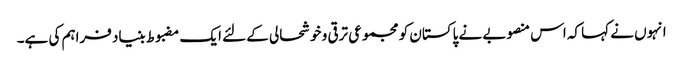
انہوں نے کہا کہ اس منصوبے نے پاکستان کو مجموعی ترقی و خوشحالی کے لئے ایک مضبوط بنیاد فراہم کی ہے۔